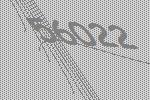
56022